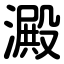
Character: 澱